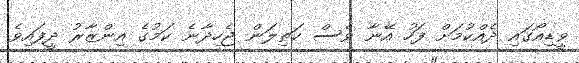
ވީޑިއޯގައި ދެއްކުމަށް ފަހު އޭނާ ވެސް ކަތިލަން ޖެހިދާނެ ކަމުގެ އިންޒާރު ދީފައިވެ